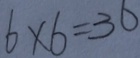
6 \times 6 = 3 6